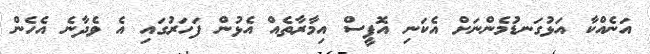
އަނެއްކާ އަޅުގަނޑުމެންނަށް އެކަނި އޮފީސް އިމާރާތެއް އެޅުން ފަހަރުގައި އެ ވެދާނެ އެހެން